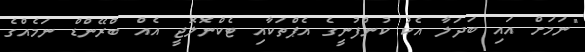
"ނަމަށް އައި ބަދަލާ އެކު ކުންފުނީގެ އެޕްތަކާއި ޓެކްނޮލޮޖީ އެއް ބްރޭންޑް ނަމެއްގެ